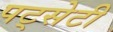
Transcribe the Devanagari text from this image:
पट्सेटी